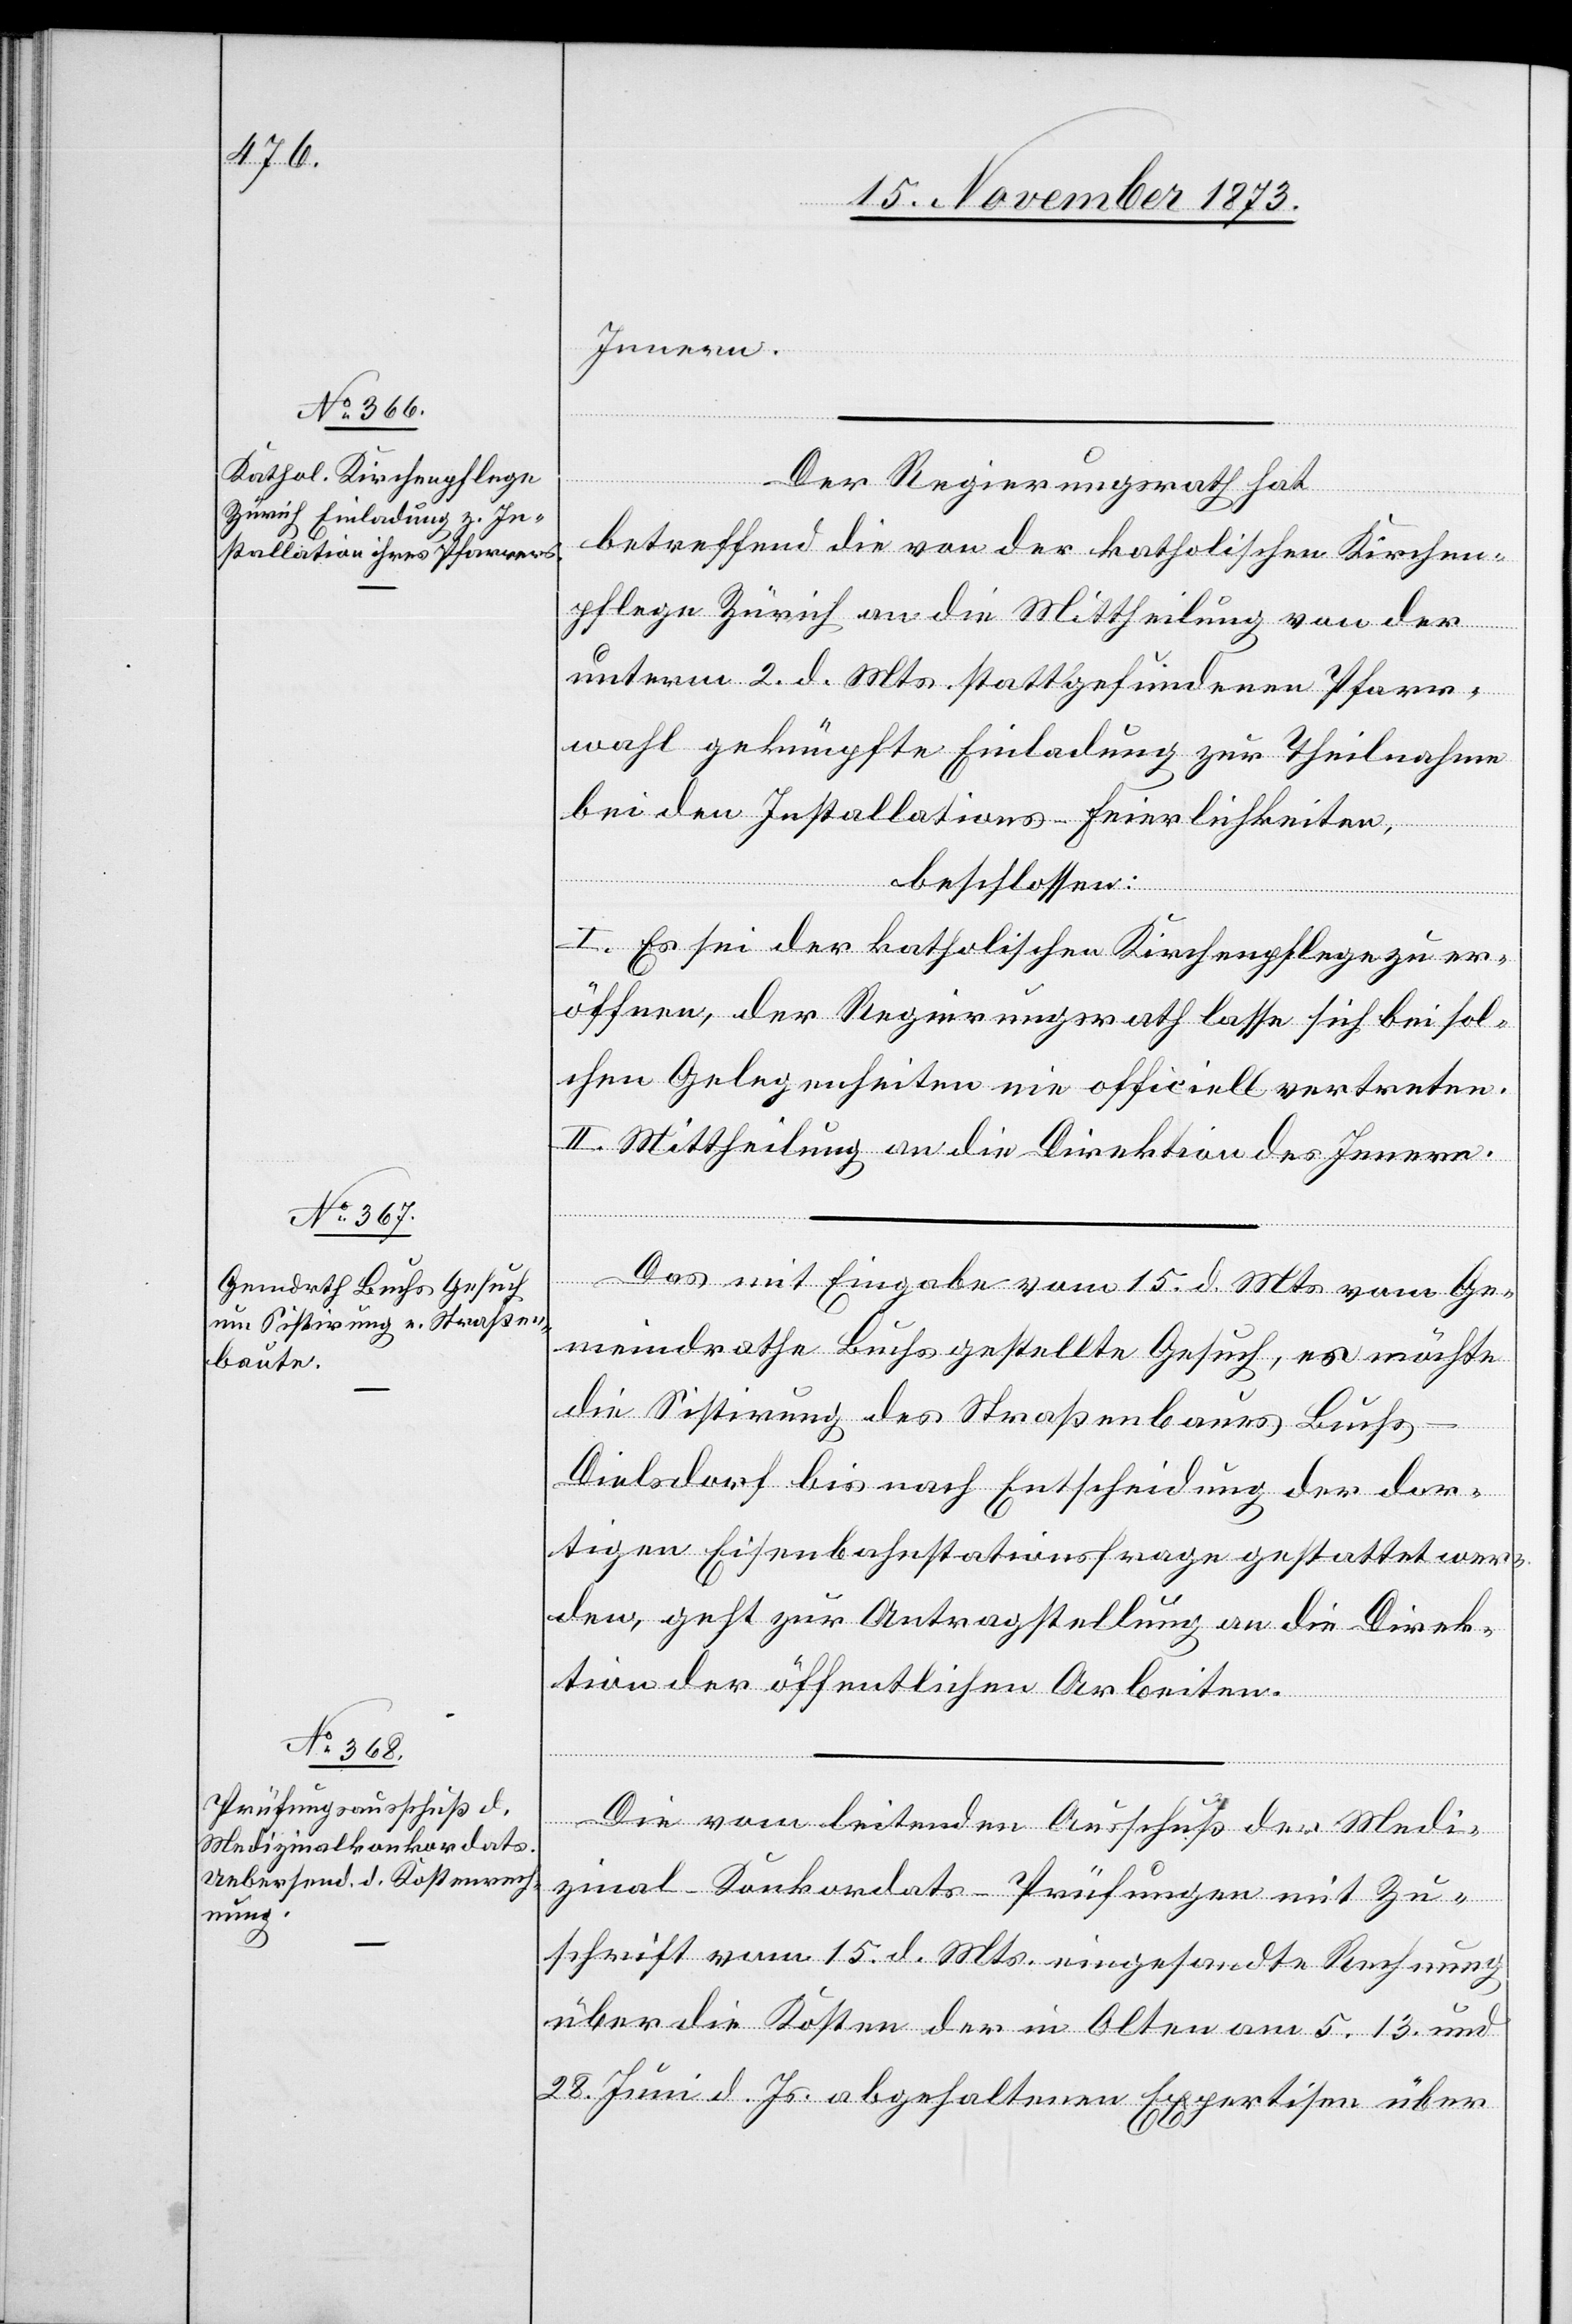
17. November 1873.]
Innern.
Der Regierungsrath hat
betreffend die von der katholischen Kirchen¬
pflege Zürich an die Mittheilung von der
unterm 2. d. Mts. stattgefundenen Pfarr¬
wahl geknüpfte Einladung zur Theilnahme
bei den Installations-Feierlichkeiten,
beschlossen:
I. Es sei der katholischen Kirchenpflege zu er¬
öffnen, der Regierungsrath lasse sich bei sol¬
chen Gelegenheiten nie officiell vertreten.
II. Mittheilung an die Direktion des Innern.
Das mit Eingabe vom 15. d. Mts vom Ge¬
meindrathe Buchs gestellte Gesuch, es möchte
die Sistirung des Straßenbaues Buchs–D¬
ielsdorf bis nach Entscheidung der dor¬
tigen Eisenbahnstationsfrage gestattet wer¬
den, geht zur Antragstellung an die Direk¬
tion der öffentlichen Arbeiten.
Die vom leitenden Ausschuß der Medi¬
zinal-Konkordats-Prüfungen mit Zu¬
schrift vom 15. d. Mts. eingesandte Rechnung
über die Kosten der in Olten am 5. 13. und
28. Juni d. Js. abgehaltenen Expertisen über